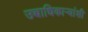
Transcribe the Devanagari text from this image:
उच्चाधिकाऱ्यांशी